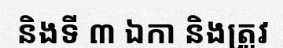
និងទី ៣ ឯកា និងត្រូវ